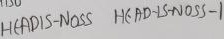
Text: hEADIS-NOSS HEAD-SI-NOSS